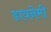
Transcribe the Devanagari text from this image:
डायनेमी